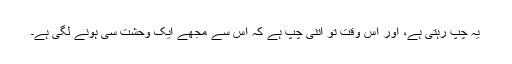
یہ چپ رہتی ہے، اور اِس وقت تو اتنی چپ ہے کہ اِس سے مجھے ایک وحشت سی ہونے لگی ہے۔